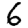
Digit: 6